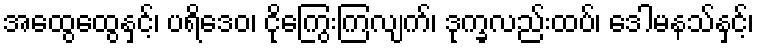
အထွေထွေနှင့်၊ ပရိဒေဝ၊ ငိုကြွေးကြလျက်၊ ဒုက္ခလည်းထပ်၊ ဒေါမနသ်နှင့်၊